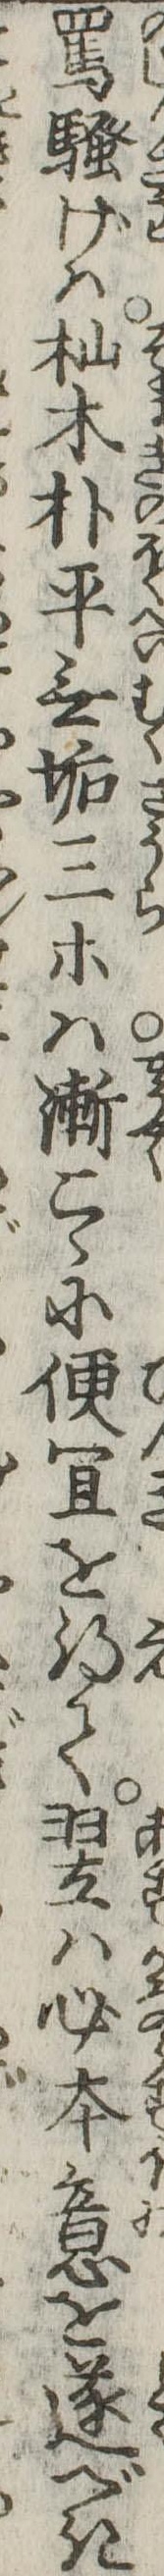
罵げは杣木朴平無垢三等は漸こゝに便宜を得て翌は必本意を遂べき